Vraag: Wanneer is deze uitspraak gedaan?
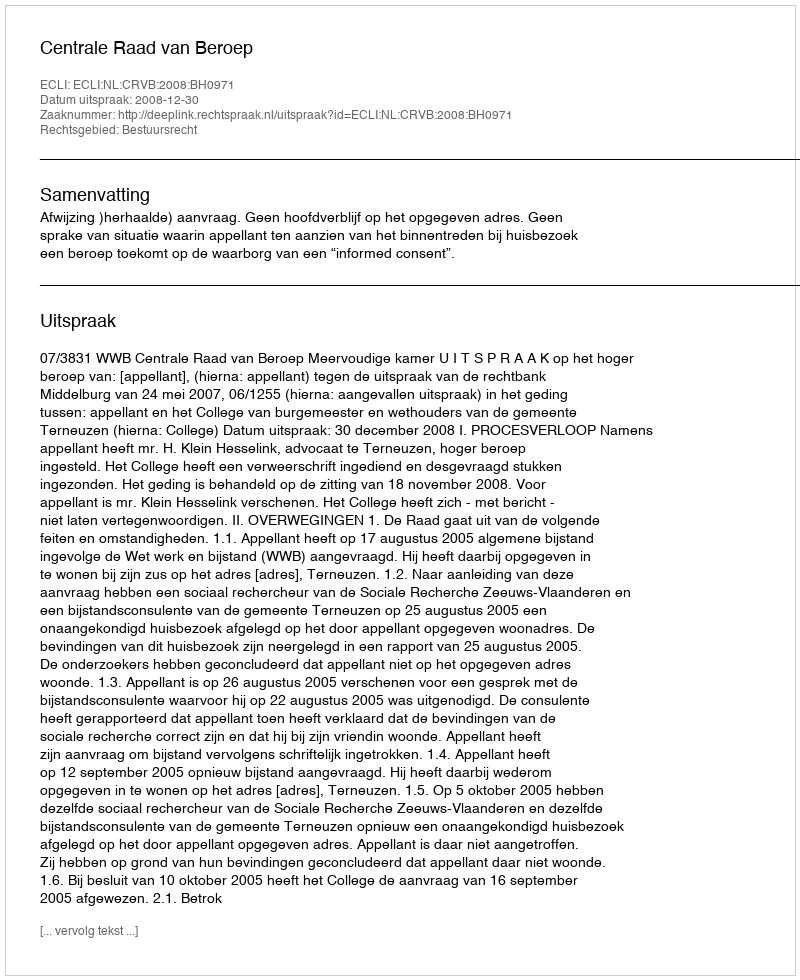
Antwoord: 2008-12-30